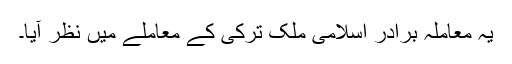
یہ معاملہ برادر اسلامی ملک ترکی کے معاملے میں نظر آیا۔